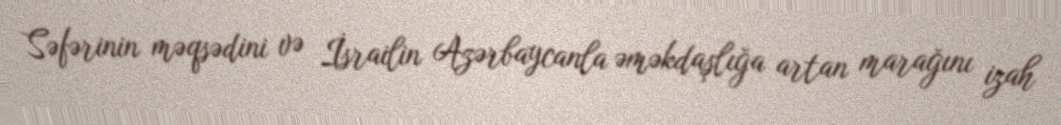
Səfərinin məqsədini və İsrailin Azərbaycanla əməkdaşlığa artan marağını izah